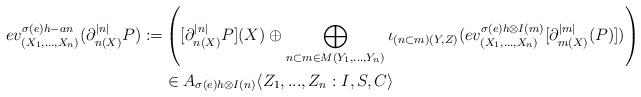
LaTeX: \begin{align*}ev_{(X_1,...,X_n)}^{\sigma (e) h-an}(\partial^{|n|}_{n(X)}P):=&\left([\partial^{|n|}_{n(X)}P](X)\oplus \bigoplus_{n\subset m\in M(Y_1,...,Y_n)}\iota_{(n\subset m)(Y,Z)}(ev_{(X_1,...,X_n)}^{\sigma (e) h\otimes I(m)}[\partial^{|m|}_{m(X)}(P)])\right)\\&\in A_{\sigma (e) h \otimes I(n)}\langle Z_1,...,Z_n:I,S,C\rangle\end{align*}